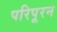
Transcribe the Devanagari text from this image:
परिपूरन